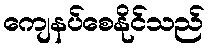
ကျေနပ်စေနိုင်သည်